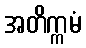
အတိက္ကမံ